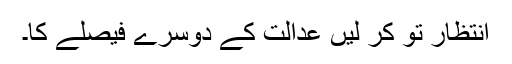
انتظار تو کر لیں عدالت کے دوسرے فیصلے کا۔